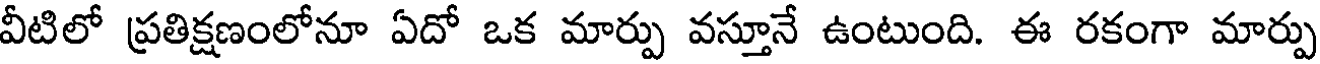
వీటిలో ప్రతిక్షణంలోనూ ఏదో ఒక మార్పు వస్తూనే ఉంటుంది. ఈ రకంగా మార్పు